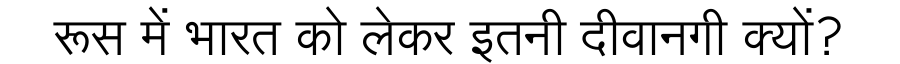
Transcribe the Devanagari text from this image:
रूस में भारत को लेकर इतनी दीवानगी क्यों?